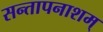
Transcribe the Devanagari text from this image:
सन्तापनाशम्